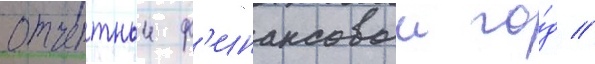
отчетныи ф'инансовыи го́д /